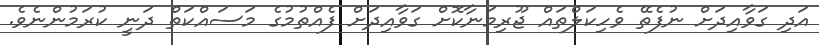
އަދި ގަވާއިދަށް ނުފެތޭ ވެހިކަލްތައް ޖޫރިމަނާކޮށް ގަވާއިދަށް ފެއްތުމުގެ މަސައްކަތް ދަނީ ކުރަމުންނެވެ.